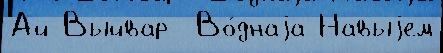
Ай-Выйвар  Во́днаjа Навыjем